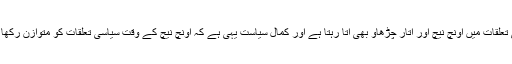
سیاسی تعلقات میں اونچ نیچ اور اتار چڑھاو بھی آتا رہتا ہے اور کمالِ سیاست یہی ہے کہ اونچ نیچ کے وقت سیاسی تعلقات کو متوازن رکھا جائے۔